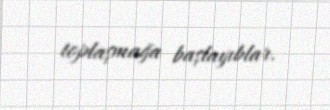
toplaşmağa başlayıblar.